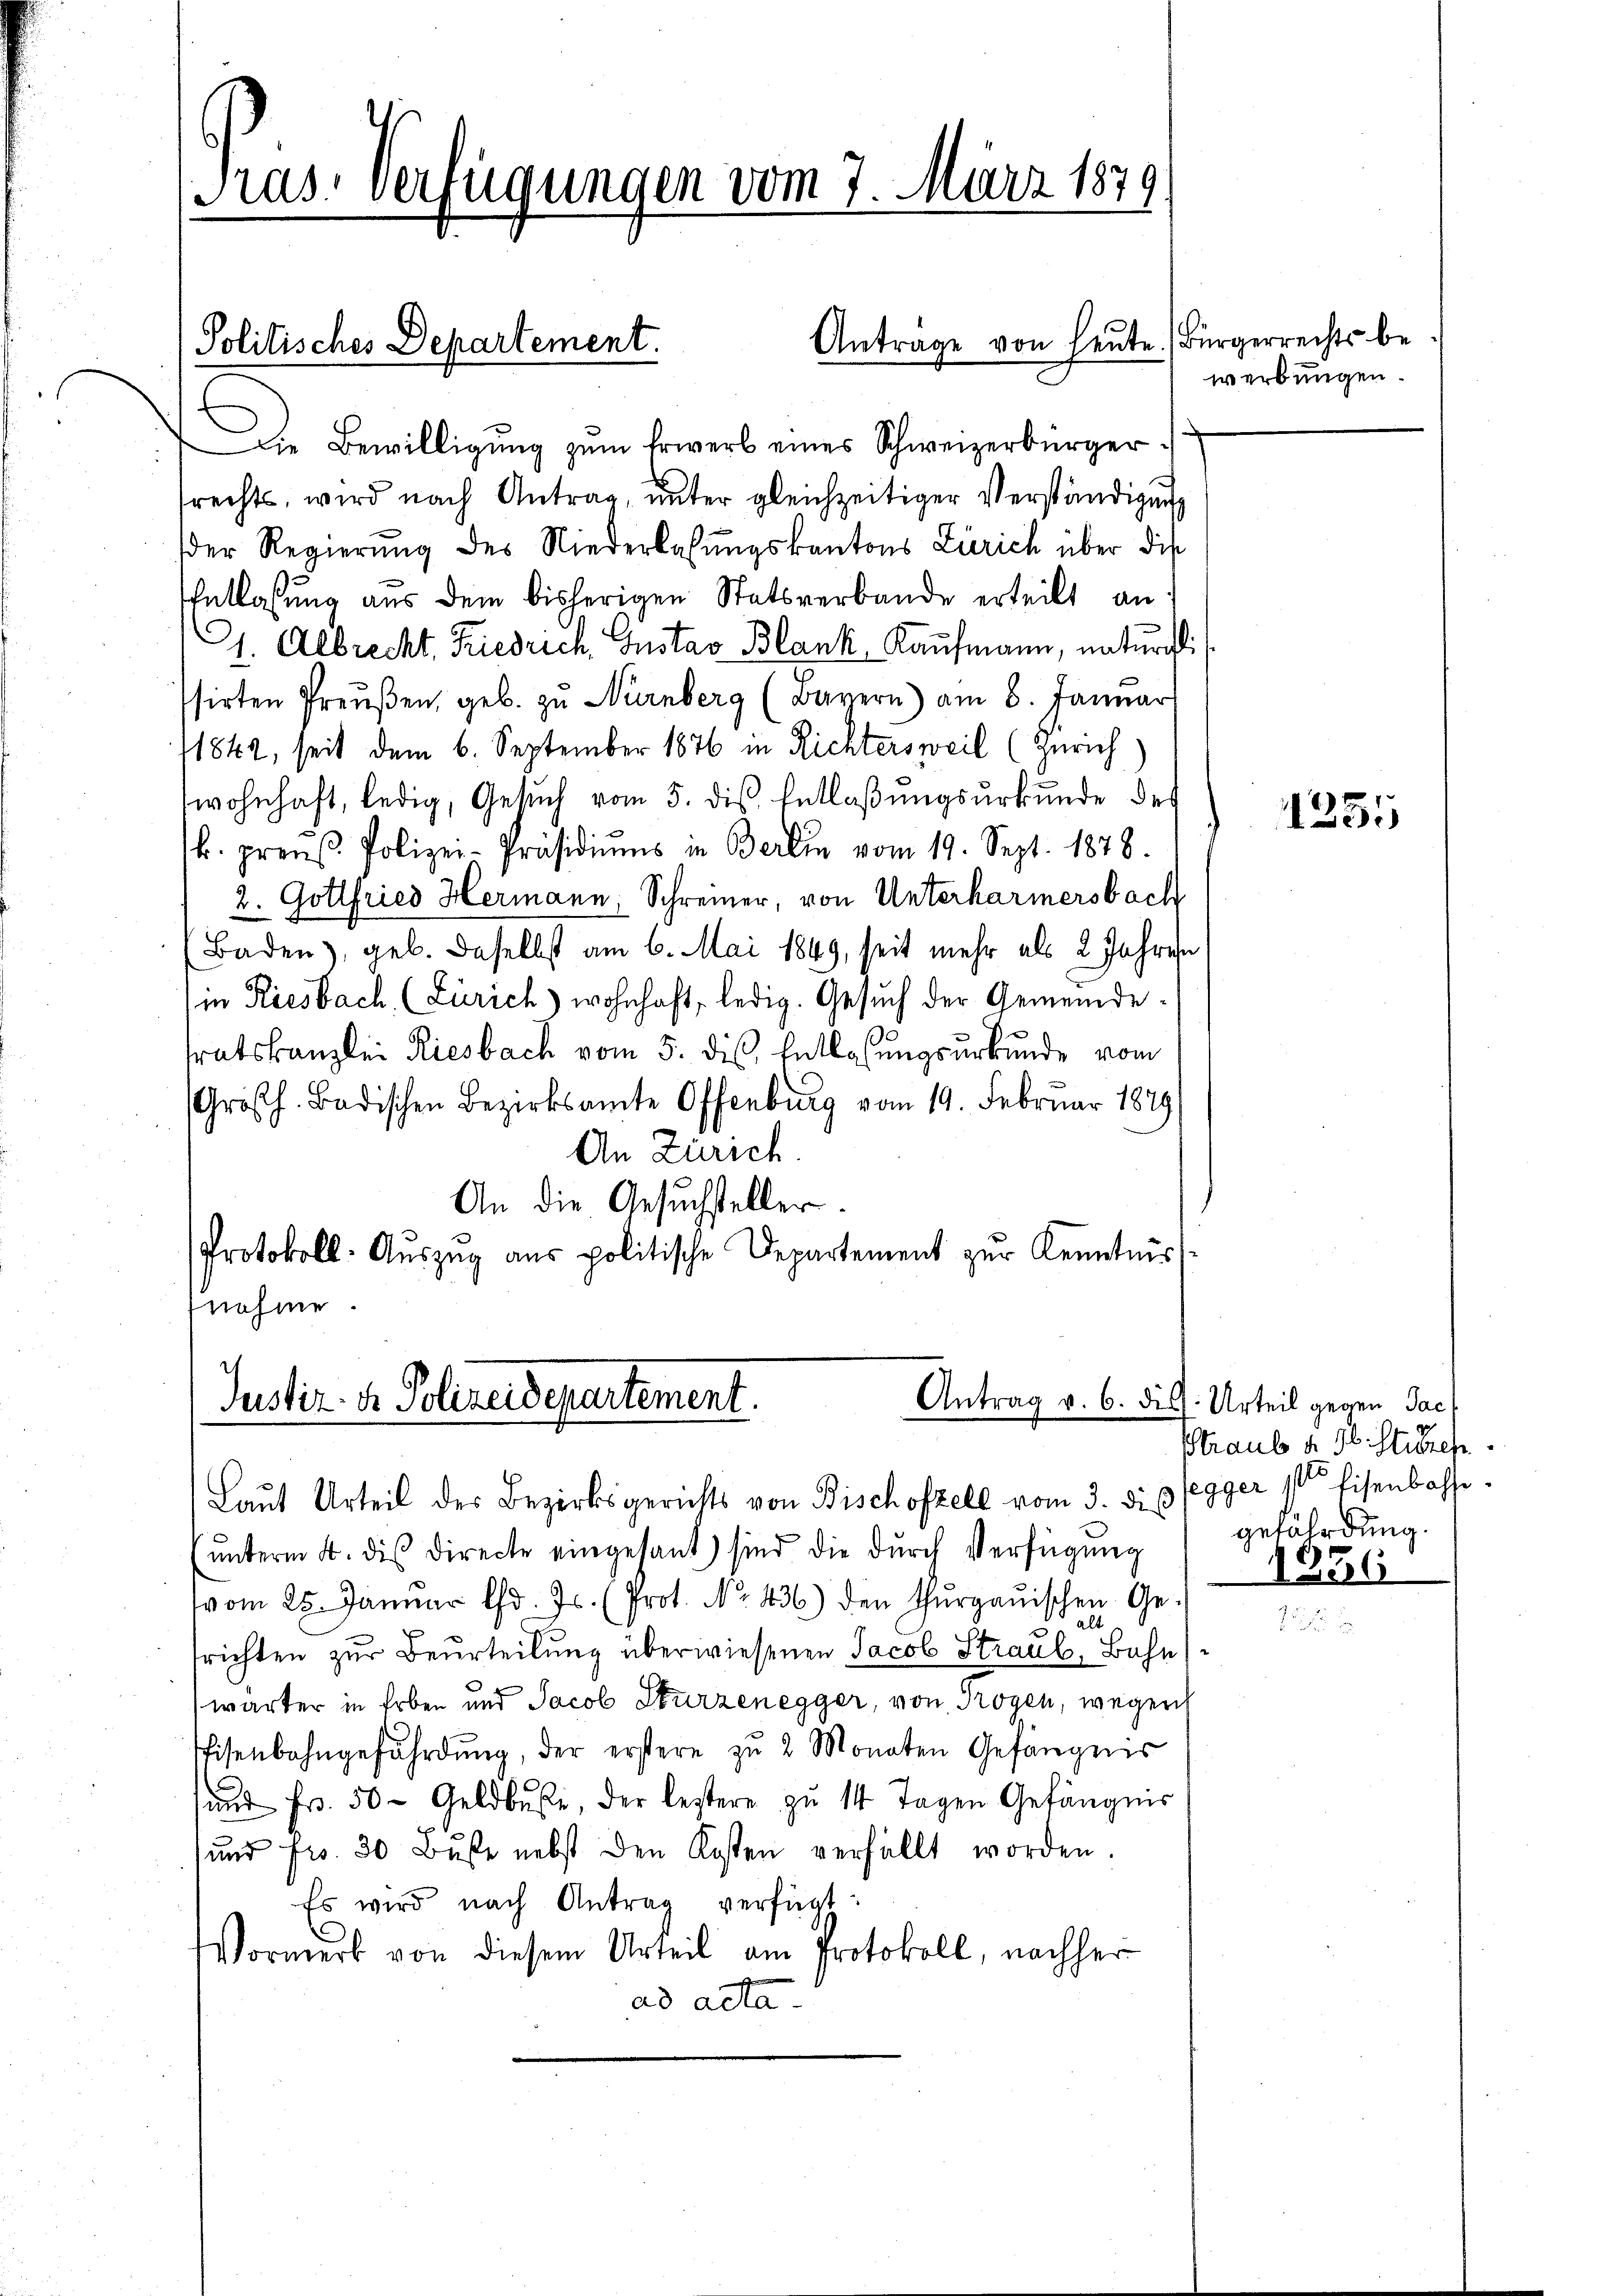
Pras. Verfügungen vom 7. März 1879

Die Bewilligung zum Erwerb eines Schweizerbürger
srechts, wird nach Antrag, unter gleichzeitiger Verständigung
der Regierŭng des Niederlassŭngskantons Zürich über die
Entlassung aus dem bisherigen Statsverbande erteilt an
1. Albrecht Friedrich, Gustav Blank, Kaufmann, naturschli
ssirten Preŭβen, geb. zŭ Nürnberg (Bayern) am 8. Januar
11842, seit dem 6. September 1876 in Richtersweil (Zürich)
wohnhaft, ledig, Gesuch vom 5. dis Entlaßungsurkunde des
k. preuß. Polizei-Präsidiŭms in Berlin vom 19. Sept. 1878.
2. Gottfried Hermann, Schreiner, von Unterharmersbach
Baden), geb. daselbst am 6. Mai 1849, seit mehr als 2 Jahren
in Riesbach (Zürich) wohnhaft, ledig. Gesuch der Gemeindetratskanzlei Riesbach vom 5. die Entlassungsurkunde vom
Großh. Badischen Bezirksamte Offenburg vom 19. Februar 1849
An Zürich.
An die Gesuchsteller.
Protokoll- Aŭszŭg ans politische Departement zur Kenntniss

nahme
Justiz- & Polizeidepartement.
Antrag v. 6. dis
Laut Urteil des Bezirksgerichts von Bischofzell vom 3. di pregger 1 Eisenbachse¬

Anträge von heute. (Bürgerrechts be
Politisches Departement.

werbungen.

unterm 4. des Directe eingesant sind die durch Verfügung
vom 25. Janŭar d. Js. (Prot. No. 436) den Thŭrgaŭischen Ge-
alt
srichten zur Beurteilung überwiesenen Jacob Straub, Bahn
wärter in Erben und Jacob Sturzenegger, von Trogen, wegen
Eisenbahngefährdŭng, der erstere zŭ 2 Monaten Gefängnis
aŭt Fr. 50. Geldbuße, der leztere zŭ 14 Tagen Gefängnis
ŭnd Fr. 30 Bŭsse nebst den Kosten verfällt worden.
Es wird nach Antrag verfügt:
Wormerk von diesem Urteil am Protokoll, nachher
ad acta.

1251

Urteil gegen Sac
7
Straub u. 36 Stiezep
gefährdung.

1256